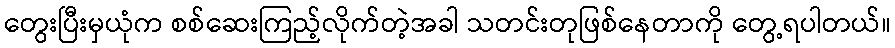
တွေးပြီးမှယုံက စစ်ဆေးကြည့်လိုက်တဲ့အခါ သတင်းတုဖြစ်နေတာကို တွေ့ရပါတယ်။